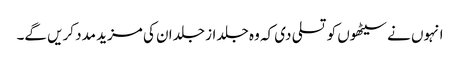
انہوں نے سیٹھوں کو تسلی دی کہ وہ جلد از جلد ان کی مزید مدد کریں گے۔